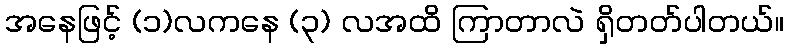
အနေဖြင့် (၁)လကနေ (၃) လအထိ ကြာတာလဲ ရှိတတ်ပါတယ်။